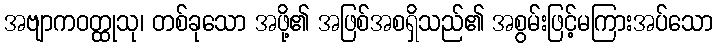
အဗျာကဝတ္ထုသု၊ တစ်ခုသော အဖို့၏ အဖြစ်အစရှိသည်၏ အစွမ်းဖြင့်မကြားအပ်သော